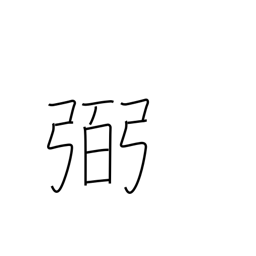
Meaning: help